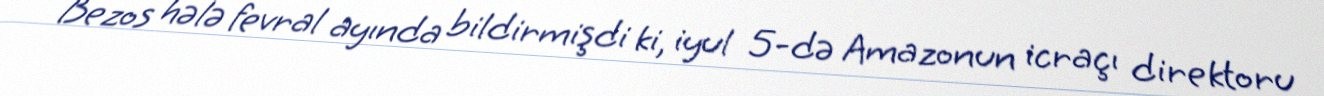
Bezos hələ fevral ayında bildirmişdi ki, iyul 5-də Amazonun icraçı direktoru